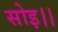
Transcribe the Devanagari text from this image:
सोइ।।